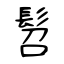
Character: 髫